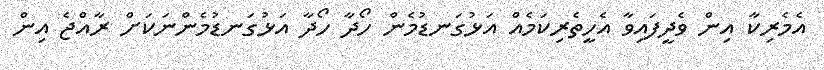
އެމެރިކާ އިން ވެދީފައިވާ އެހީތެރިކަމެއް އަޅުގަނޑުމެން ހޯދާ ހޯދާ އަޅުގަނޑުމެންނަކަށް ރާއްޖެ އިން